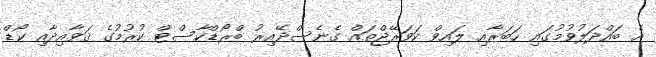
އެ ބައްދަލުވުމުގައި ހަބަރާއި ލައިވް ކަވަރޭޖްތައް ގެނެސްދޭއިރު ބްރޯޑްކާސްޓް ކުރުމުގެ ޤަވާއިދާއި ކޯޑް